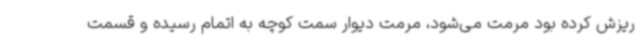
ریزش کرده بود مرمت می‌شود، مرمت دیوار سمت کوچه به اتمام رسیده و قسمت